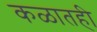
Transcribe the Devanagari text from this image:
कळातही